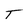
Character: T